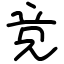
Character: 竞